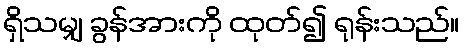
ရှိသမျှ ခွန်အားကို ထုတ်၍ ရုန်းသည်။